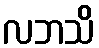
လဘသိ